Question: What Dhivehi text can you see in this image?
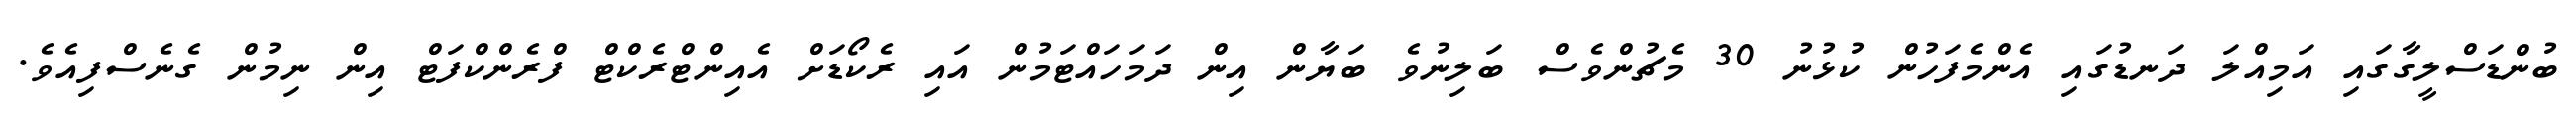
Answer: ބުންޑަސްލީގާގައި އަމިއްލަ ދަނޑުގައި އެންމެފަހުން ކުޅުނު 30 މެޗުންވެސް ބަލިނުވެ ބަޔާން އިން ދަމަހައްޓަމުން އައި ރެކޯޑަށް އެއިންޓްރެކްޓް ފްރެންކްފަޓް އިން ނިމުން ގެނެސްފިއެވެ.